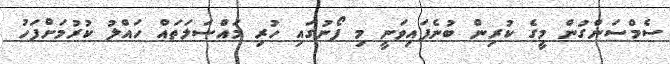
ސެމްސަންގުން މީގެ ކުރިން ބުނެފައިވަނީ މި ފޯނުގައި ހުރި މައްސަލަތައް ހައްލު ކުރުމަށްފަހު